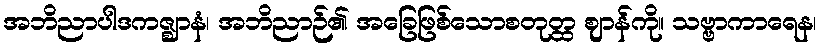
အဘိညာပါဒကဇ္ဈာနံ၊ အဘိညာဉ်၏ အခြေဖြစ်သောစတုတ္ထ ဈာန်ကို။ သဗ္ဗာကာရေန၊